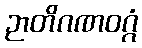
ဉာတိဂဏဝဂ္ဂံ